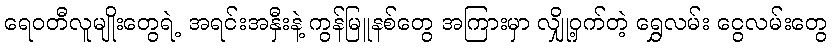
ရေဝတီလူမျိုးတွေရဲ့ အရင်းအနှီးနဲ့ ကွန်မြူနစ်တွေ အကြားမှာ လျှို့ဝှက်တဲ့ ရွှေလမ်း ငွေလမ်းတွေ